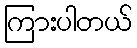
ကြားပါတယ်